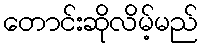
တောင်းဆိုလိမ့်မည်